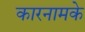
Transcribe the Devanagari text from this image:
कारनामके